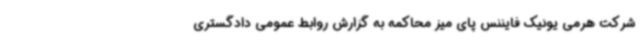
شرکت هرمی یونیک فایننس پای میز محاکمه به گزارش روابط عمومی دادگستری